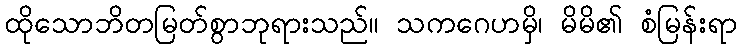
ထိုသောဘိတမြတ်စွာဘုရားသည်။ သကဂေဟမှိ၊ မိမိ၏ စံမြန်းရာ